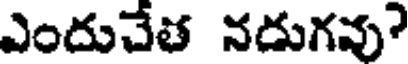
ఎందుచేత నదుగవు?